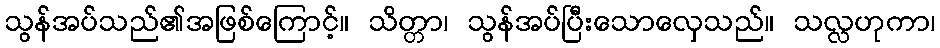
သွန်အပ်သည်၏အဖြစ်ကြောင့်။ သိတ္တာ၊ သွန်အပ်ပြီးသောလှေသည်။ သလ္လဟုကာ၊